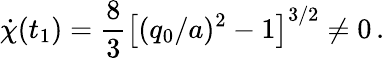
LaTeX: \dot{\chi}(t_{1})={\frac{8}{3}}\left[(q_{0}/a)^{2}-1\right]^{3/2}\ne 0\, .